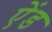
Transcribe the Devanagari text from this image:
एेंड